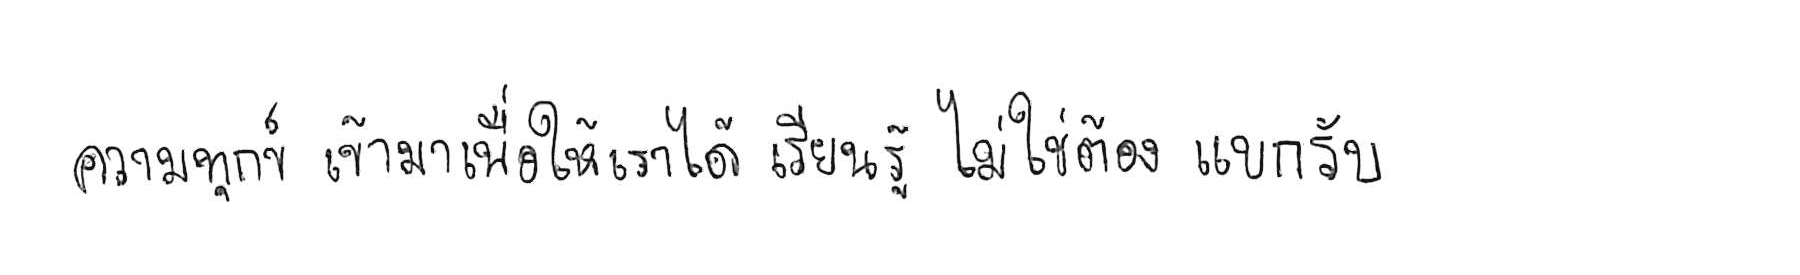
ความทุกข์ เข้ามาเพื่อให้เราได้ เรียนรู้ ไม่ใช่ต้อง แบกรับ